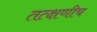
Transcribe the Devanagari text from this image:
तत्क्षणीच